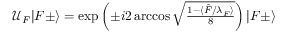
\begin{array} { r } { \mathcal { U } _ { F } | F \pm \rangle = \exp \left( \pm i 2 \operatorname { a r c c o s } \sqrt { \frac { 1 - \langle \hat { F } / \lambda _ { F } \rangle } { 8 } } \right) | F { \pm } \rangle \, } \end{array}